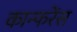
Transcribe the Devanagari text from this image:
कान्फरेंस